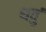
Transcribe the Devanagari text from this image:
थवुं